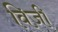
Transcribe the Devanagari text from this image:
विजी